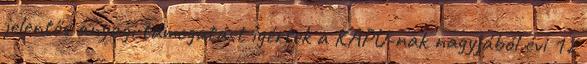
jelentős anyagi támogatást ígértek a KAPU-nak nagyjából évi 12